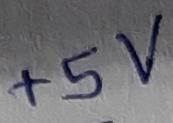
Text: +5V